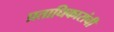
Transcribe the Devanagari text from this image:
प्रताधिकारांची